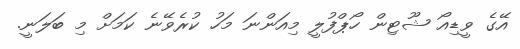
އޭގެ ވީޑިއޯ ޝޫޓިން ހޯޕްފުލީ މިއަންނަ މަހު ކުރެވޭނެ ކަމަށް މި ބަލަނީ.